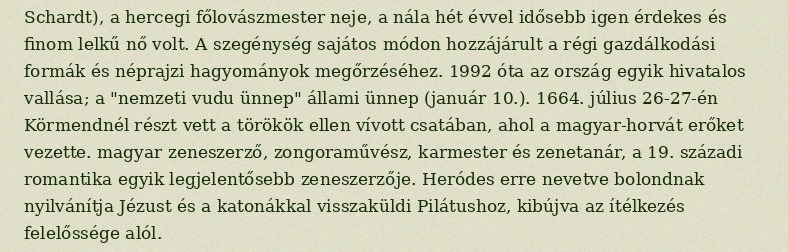
Schardt), a hercegi főlovászmester neje, a nála hét évvel idősebb igen érdekes és finom lelkű nő volt. A szegénység sajátos módon hozzájárult a régi gazdálkodási formák és néprajzi hagyományok megőrzéséhez. 1992 óta az ország egyik hivatalos vallása; a "nemzeti vudu ünnep" állami ünnep (január 10.). 1664. július 26-27-én Körmendnél részt vett a törökök ellen vívott csatában, ahol a magyar-horvát erőket vezette. magyar zeneszerző, zongoraművész, karmester és zenetanár, a 19. századi romantika egyik legjelentősebb zeneszerzője. Heródes erre nevetve bolondnak nyilvánítja Jézust és a katonákkal visszaküldi Pilátushoz, kibújva az ítélkezés felelőssége alól.